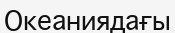
Океаниядағы